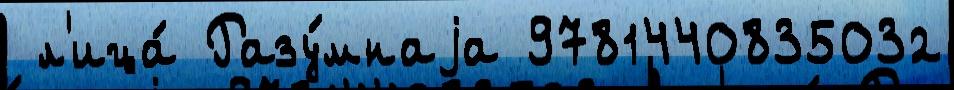
 л'ица́ Разу́мнаjа 9781440835032